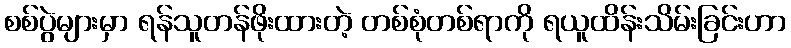
စစ်ပွဲများမှာ ရန်သူတန်ဖိုးထားတဲ့ တစ်စုံတစ်ရာကို ရယူထိန်းသိမ်းခြင်းဟာ